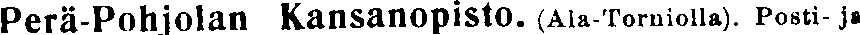
Perä-Pohjolan Kansanopisto. (Ala-Torniolla). Posti-ja